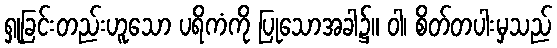
ရှုခြင်းတည်းဟူသော ပရိကံကို ပြုသောအခါ၌။ ဝါ၊ စိတ်တပါးမှသည်